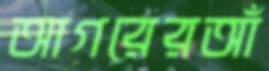
আগরেরআঁ